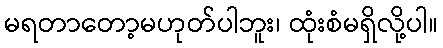
မရတာတော့မဟုတ်ပါဘူး၊ ထုံးစံမရှိလို့ပါ။